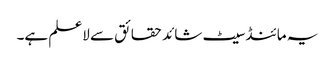
یہ مائنڈ سیٹ شائد حقائق سے لاعلم ہے۔